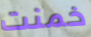
خمنت